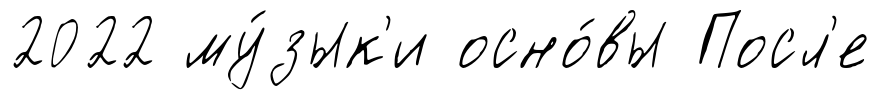
2022 му́зык'и осно́вы Посл'е